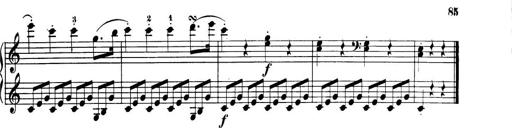
Title: 32 Sonatinas and Rondos for the Piano
Composer: Richard Kleinmichel